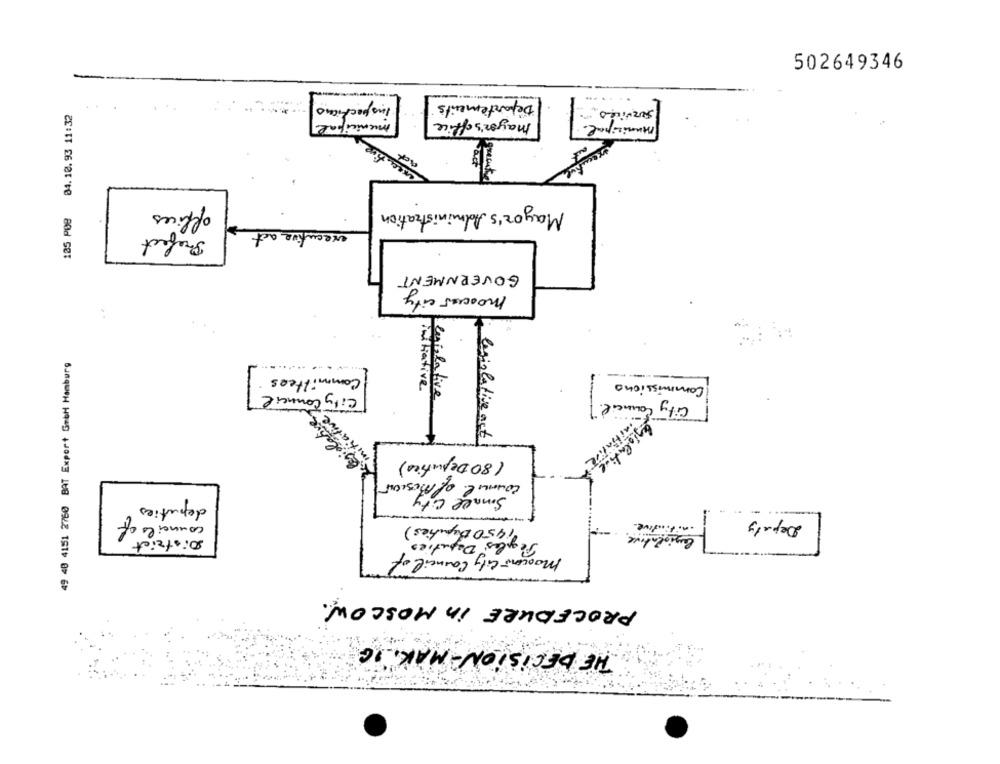
502649346
inspections
Départements
services "
105 P08 04.10.93 11:32
munic
mayor's office
quecute
offices
Mayor's Administration
Prefect
executive act
GOVERNMENT
moscow city
49 48 4151 2760 BAT Export GmbH Hamburg
Committees
Commissions
City Council
initiative
Cusiolative
City Conne
legislative act
(80 Deputies)
Council of Musicnr
Small city
deputies
-
councils of
Deputy
De 9, 450 Deputies)
· nitinlive.
-
legislative.
District
ples Deputies
Moscow City Council of
PROCEDURE in MOSCOW.
THE DECISION-MAK. IG